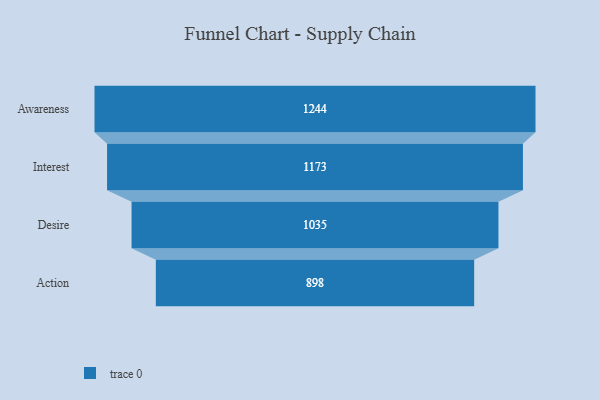
{"axis": {"x": "Stage", "y": "Value"}, "legend": [""], "data": [{"x": "Awareness", "y": 1244.0, "type": ""}, {"x": "Interest", "y": 1173.0, "type": ""}, {"x": "Desire", "y": 1035.0, "type": ""}, {"x": "Action", "y": 898.0, "type": ""}]}